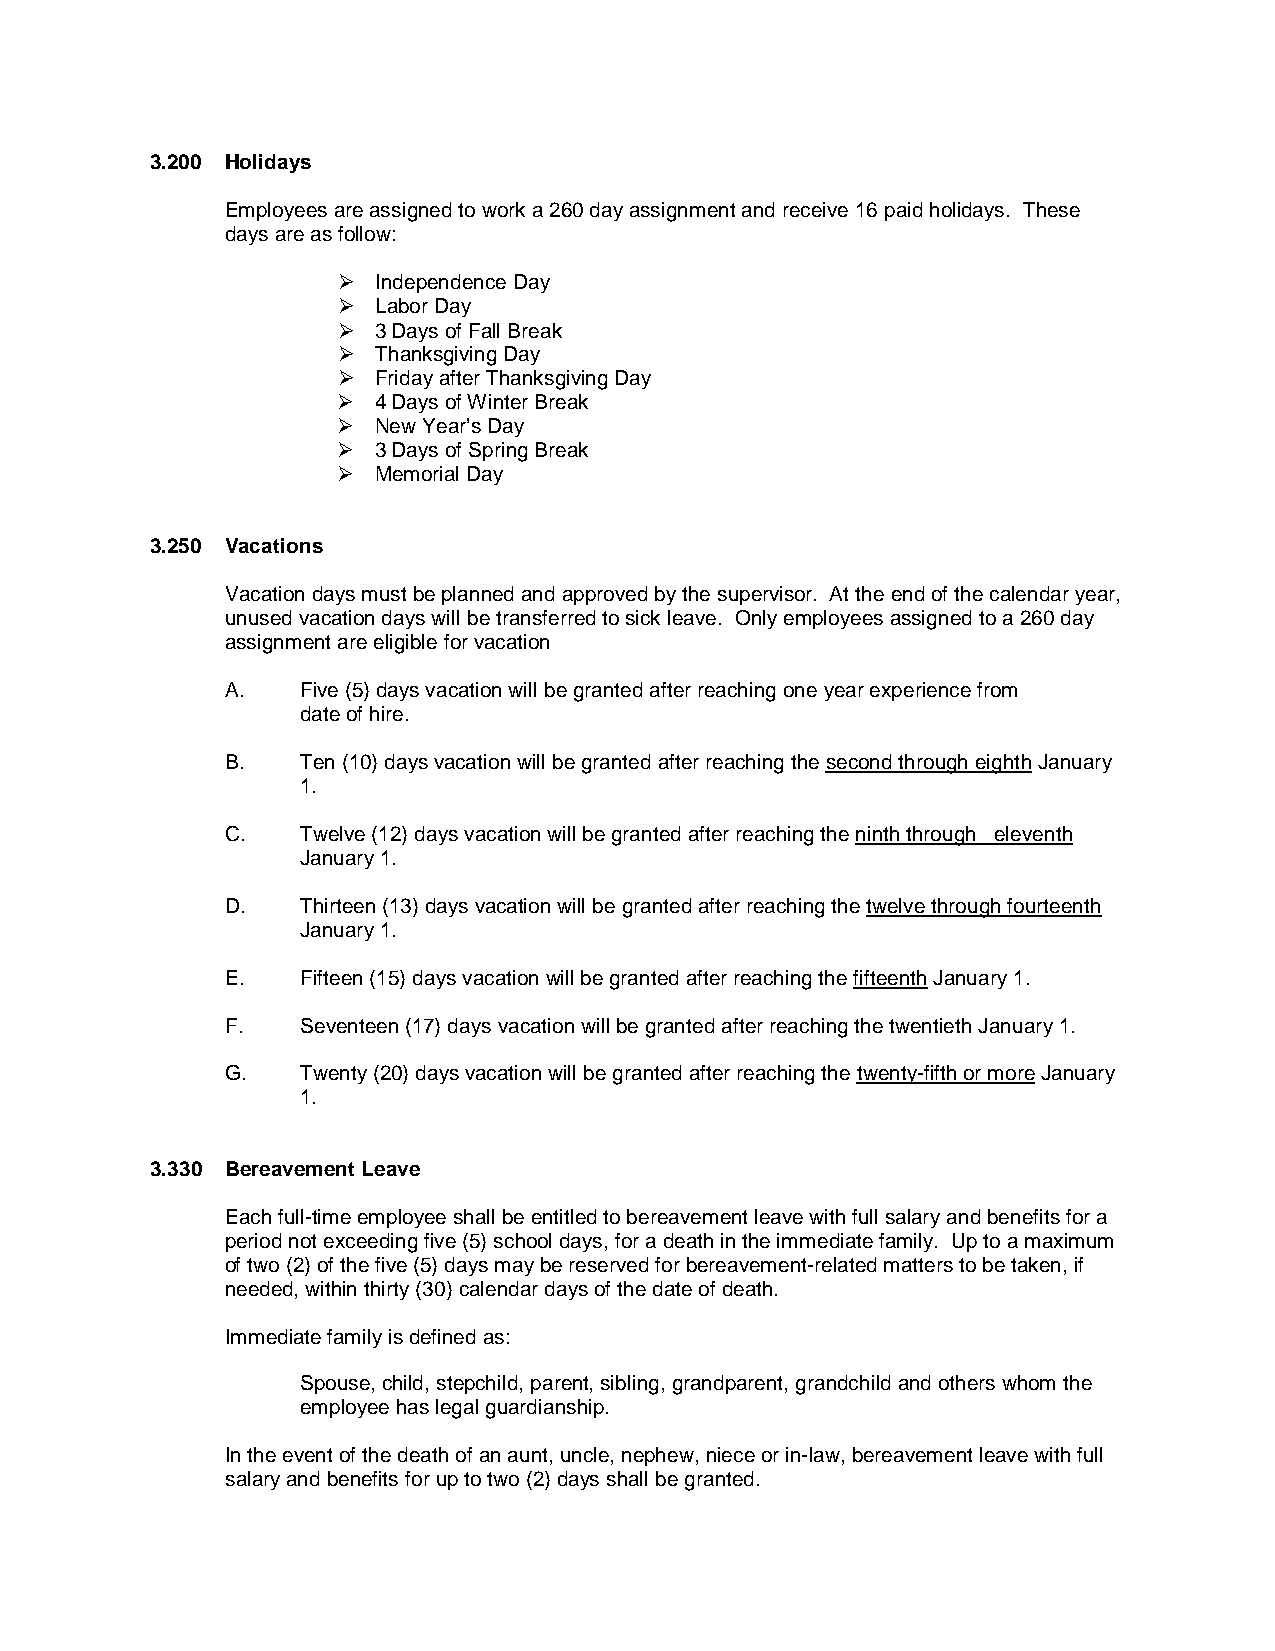
3.200 Holidays
 Employees are assigned to work a 260 day assignment and receive 16 paid holidays. These
 days are as follow:
   Independence Day
   Labor Day
   3 Days of Fall Break
   Thanksgiving Day
   Friday after Thanksgiving Day
   4 Days of Winter Break
   New Year’s Day
   3 Days of Spring Break
   Memorial Day
 3.250 Vacations
 Vacation days must be planned and approved by the supervisor. At the end of the calendar year,
 unused vacation days will be transferred to sick leave. Only employees assigned to a 260 day
 assignment are eligible for vacation
 A.   Five (5) days vacation will be granted after reaching one year experience from
 date of hire.
 B.   Ten (10) days vacation will be granted after reaching the second through eighth January
 1.
 C.   Twelve (12) days vacation will be granted after reaching the ninth through eleventh
 January 1.
 D.   Thirteen (13) days vacation will be granted after reaching the twelve through fourteenth
 January 1.
 E.   Fifteen (15) days vacation will be granted after reaching the fifteenth January 1.
 F.   Seventeen (17) days vacation will be granted after reaching the twentieth January 1.
 G.   Twenty (20) days vacation will be granted after reaching the twenty-fifth or more January
 1.
 3.330 Bereavement Leave
 Each full-time employee shall be entitled to bereavement leave with full salary and benefits for a
 period not exceeding five (5) school days, for a death in the immediate family. Up to a maximum
 of two (2) of the five (5) days may be reserved for bereavement-related matters to be taken, if
 needed, within thirty (30) calendar days of the date of death.
 Immediate family is defined as:
 Spouse, child, stepchild, parent, sibling, grandparent, grandchild and others whom the
 employee has legal guardianship.
 In the event of the death of an aunt, uncle, nephew, niece or in-law, bereavement leave with full
 salary and benefits for up to two (2) days shall be granted.